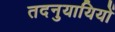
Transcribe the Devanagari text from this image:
तदनुयायियों